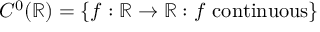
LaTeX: C ^ { 0 } ( \mathbb { R } ) = \{ f : \mathbb { R } \to \mathbb { R } : f \ \mathrm { c o n t i n u o u s } \}